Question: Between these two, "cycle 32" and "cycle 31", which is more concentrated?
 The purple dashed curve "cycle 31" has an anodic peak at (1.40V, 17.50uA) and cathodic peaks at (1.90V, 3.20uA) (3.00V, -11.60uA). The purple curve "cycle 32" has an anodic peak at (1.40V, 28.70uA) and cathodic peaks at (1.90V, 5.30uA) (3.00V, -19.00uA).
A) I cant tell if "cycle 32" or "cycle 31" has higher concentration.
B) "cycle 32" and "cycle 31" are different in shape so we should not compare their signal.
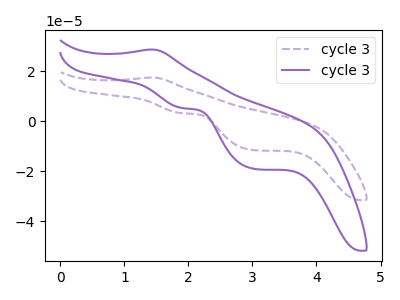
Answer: <think>All the peaks in "cycle 32" have a peak in "cycle 31" at the same potential.
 </think>
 <answer>A) I cant tell if "cycle 32" or "cycle 31" has higher concentration.</answer>
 <eval>A</eval>